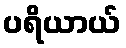
ပရိယာယ်